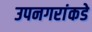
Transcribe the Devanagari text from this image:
उपनगरांकडे